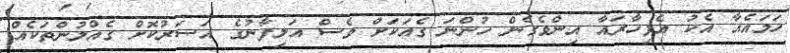
ހަމައެއާ އެކު އެފިހާރައާ އިންވެގެން ހުންނަ ގެއަކަށް ވެސް އަލިފާނުގެ އަސަރުކޮށް ގެއްލުންތަކެއް